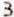
3